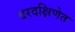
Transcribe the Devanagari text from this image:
वरदक्षिणेत